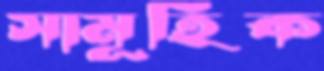
সামূহিক